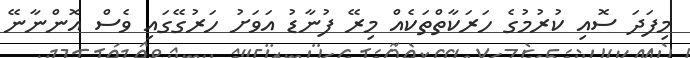
މިފަދަ ސޮއި ކުރުމުގެ ހަރަކާތްތަކެއް މިރޭ ފުނާޑު އަވަށު ހަރުގޭގައި ވެސް އޮންނާނޭ